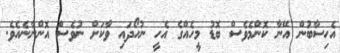
އެހިސާބުން އޭނާ ކޮންމެވެސް ބޮޑު މީހެއްގެ އެހީ ނުހޯދައި ވާކަށް ނުވެސް އޮންނާނެއެވެ.